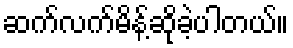
ဆက်လက်မိန့်ဆိုခဲ့ပါတယ်။